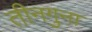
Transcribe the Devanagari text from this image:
तीनगुना